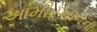
આમીરખાનના